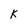
Character: K